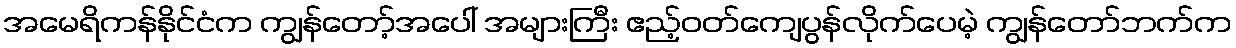
အမေရိကန်နိုင်ငံက ကျွန်တော့်အပေါ် အများကြီး ဧည့်ဝတ်ကျေပွန်လိုက်ပေမဲ့ ကျွန်တော်ဘက်က